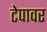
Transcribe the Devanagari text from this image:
टेपावर